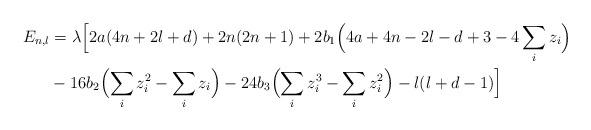
LaTeX: \begin{align*} E_{n,l} &= \lambda \Bigl[2a(4n+2l+d) + 2n(2n+1) + 2b_1\Bigl(4a+4n-2l-d+3-4\sum_i z_i\Bigr) \\ &{}- 16b_2\Bigl(\sum_i z_i^2 - \sum_i z_i\Bigr) -24b_3\Bigl(\sum_i z_i^3 - \sum_i z_i^2\Bigr) - l(l+d-1)\Bigr]\end{align*}